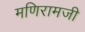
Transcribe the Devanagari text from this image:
मणिरामजी